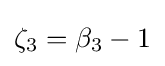
\zeta _{3}=\beta _{3}-1